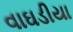
વાઘડીયા